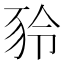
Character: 𧰾